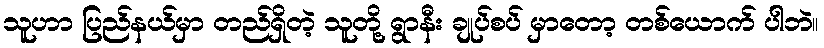
သူဟာ ပြည်နယ်မှာ တည်ရှိတဲ့ သူတို့ ရွာနီး ချုပ်စပ် မှာတော့ တစ်ယောက် ပါဘဲ။